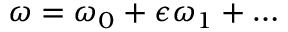
\omega = \omega _ { 0 } + \epsilon \omega _ { 1 } + \ldots